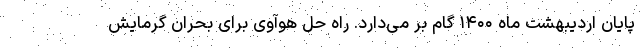
پایان اردیبهشت ماه ۱۴۰۰ گام بر می‌دارد. راه حل هوآوی برای بحران گرمایش